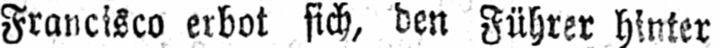
Francisco erbot sich, den Führer hinter